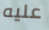
عليه